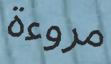
مروءة